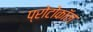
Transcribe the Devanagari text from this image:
प्रोटोकाॅल